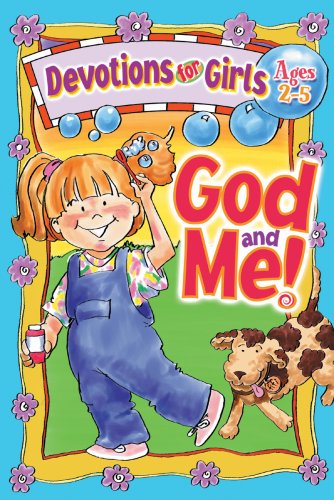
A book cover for God and Me! : Devotions for Girls Ages 2-5; Lynn Klammer; Parenting & Relationships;